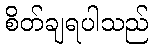
စိတ်ချရပါသည်